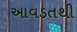
આવડતથી